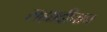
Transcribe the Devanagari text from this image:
सह्याद्रीचाच